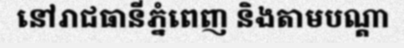
នៅរាជធានីភ្នំពេញ និងតាមបណ្តា